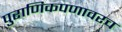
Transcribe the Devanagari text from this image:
पुराणिकपणावरच